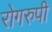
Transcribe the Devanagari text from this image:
रोगरुपी